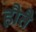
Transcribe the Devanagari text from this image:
हौतै